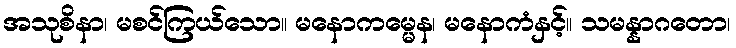
အသုစိနာ၊ မစင်ကြယ်သော။ မနောကမ္မေန၊ မနောကံနှင့်။ သမန္နာဂတော၊